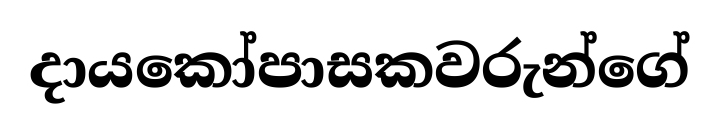
දායකෝපාසකවරුන්ගේ